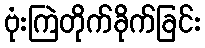
ဗုံးကြဲတိုက်ခိုက်ခြင်း